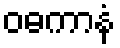
ဝဓကာနံ